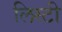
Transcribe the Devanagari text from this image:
लिस्टी